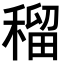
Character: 𥠷